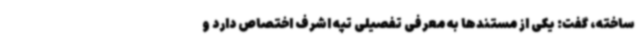
ساخته، گفت: یکی از مستندها به معرفی تفصیلی تپه اشرف اختصاص دارد و